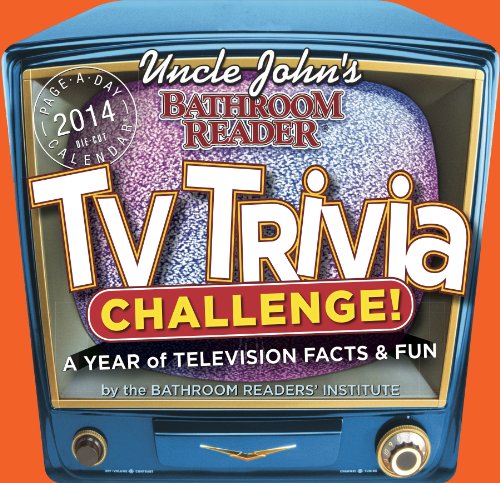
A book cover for Uncle John's TV Trivia Challenge! 2014 Calendar; Bathroom Reader's Institute; Calendars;